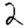
Digit: 2